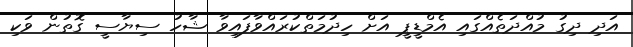
އަދި ދިގު މުއްދަތެއްގައި އެމްޑީޕީ އަށް ހިދުމަތްކުރައްވާފައިވާ ޝާހު ސިޔާސީ ގޮތުން ވަކި